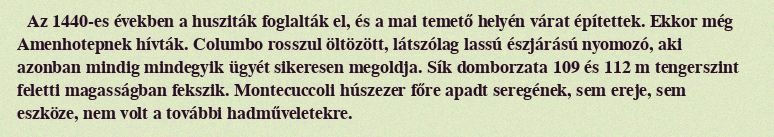
Az 1440-es években a husziták foglalták el, és a mai temető helyén várat építettek. Ekkor még Amenhotepnek hívták. Columbo rosszul öltözött, látszólag lassú észjárású nyomozó, aki azonban mindig mindegyik ügyét sikeresen megoldja. Sík domborzata 109 és 112 m tengerszint feletti magasságban fekszik. Montecuccoli húszezer főre apadt seregének, sem ereje, sem eszköze, nem volt a további hadműveletekre.